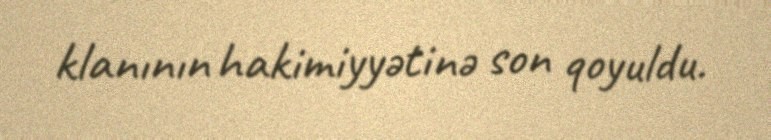
klanının hakimiyyətinə son qoyuldu.